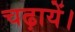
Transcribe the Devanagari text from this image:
चढ़ायें।